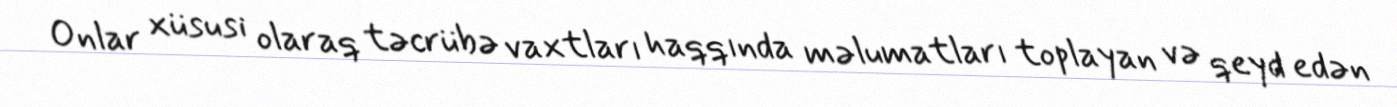
Onlar xüsusi olaraq təcrübə vaxtları haqqında məlumatları toplayan və qeyd edən